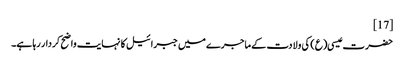
[17]
حضرت عیسی(ع) کی ولادت کے ماجرے میں جبرائیل کا نہایت واضح کردار رہا ہے۔